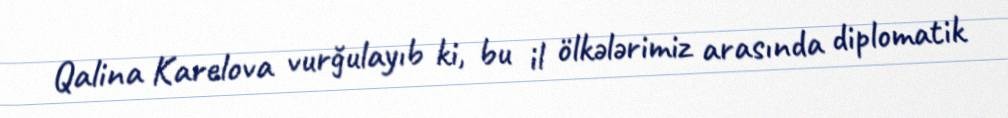
Qalina Karelova vurğulayıb ki, bu il ölkələrimiz arasında diplomatik